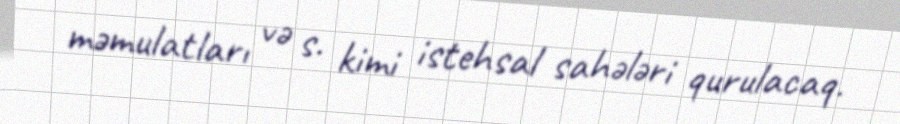
məmulatları və s. kimi istehsal sahələri qurulacaq.